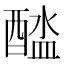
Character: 𨡬